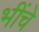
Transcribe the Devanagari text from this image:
भींचे